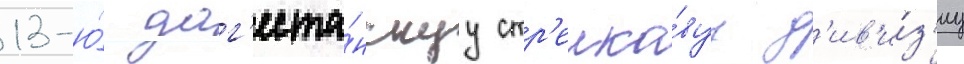
13-ю́ даг'еста́нскуу стр'елко́вуу д'ив'и́з'иу